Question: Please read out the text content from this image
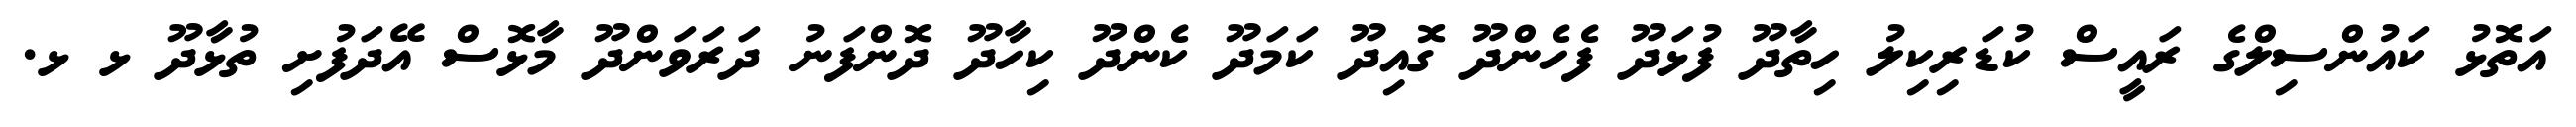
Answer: އަތޮޅު ކައުންސިލްގެ ރައީސް ކުޑަރިކިލު ހިތާދޫ ފުޅަދޫ ފެހެންދޫ ގޮއިދޫ ކަމަދޫ ކެންދޫ ކިހާދޫ ދޮންފަނު ދަރަވަންދޫ މާޅޮސް އޭދަފުށި ތުޅާދޫ ޅ ޅ.